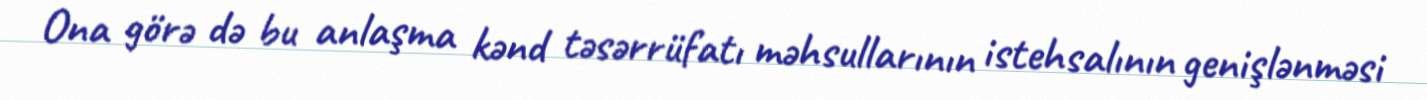
Ona görə də bu anlaşma kənd təsərrüfatı məhsullarının istehsalının genişlənməsi